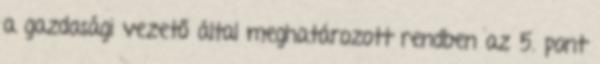
a gazdasági vezető által meghatározott rendben az 5. pont